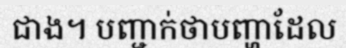
ជាង។ បញ្ជាក់ថាបញ្ហាដែល